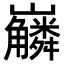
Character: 𡿑